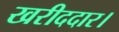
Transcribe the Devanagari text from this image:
खरीददार।